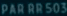
PARRR503